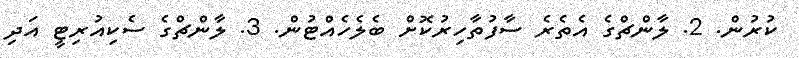
ކުރުން. 2. ލާންޗްގެ އެތެރެ ސާފުތާހިރުކޮށް ބެލެހެއްޓުން. 3. ލާންޗްގެ ސެކިއުރިޓީ އަދި